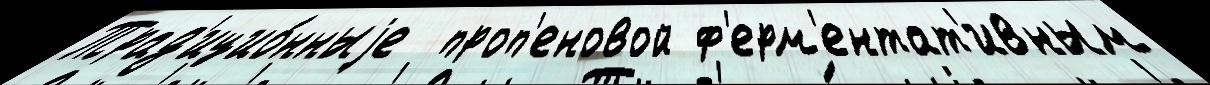
Трад'ицио́нныjе  проп'еновой ф'ерм'ентат'ивным